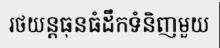
រថយន្តធុនធំដឹកទំនិញមួយ